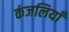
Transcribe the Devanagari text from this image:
कंजलियाँ